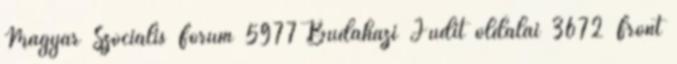
Magyar Szociális Forum 5977 Budaházi Judit oldalai 3672 Front